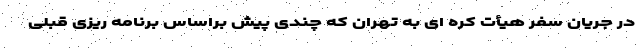
در جریان سفر هیأت کره ای به تهران که چندی پیش براساس برنامه ریزی قبلی